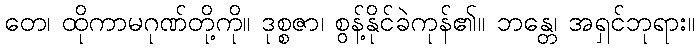
တေ၊ ထိုကာမဂုဏ်တို့ကို။ ဒုစ္စဇာ၊ စွန့်နိုင်ခဲကုန်၏။ ဘန္တေ၊ အရှင်ဘုရား။